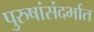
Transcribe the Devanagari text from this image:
पुरुषांसंदर्भात